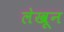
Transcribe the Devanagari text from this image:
लेखून